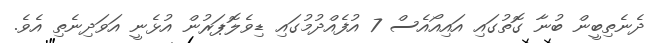
ދެނެތިބީން ބުނާ ގޮތުގައި އައިއޯއެސް 7 އުފެއްދުމުގައި ޑިވެލޮޕަރުން އުޅެނީ އަވަދިނެތި އެވެ.